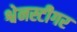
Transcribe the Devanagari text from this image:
श्वेनस्टीगर